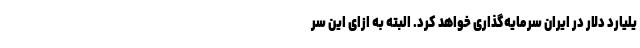
یلیارد دلار در ایران سرمایه‌گذاری خواهد کرد. البته به ازای این سر